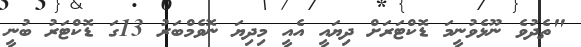
"ތެދުވެ ނޫޅެވުނީމަ ޑޮކްޓަރަށް ދިޔައީ އެއީ މިދިޔަ ނޮވެމްބަރު 13ގަ ޑޮކްޓަރު ބުނީ